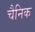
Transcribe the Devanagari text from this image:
चैनिक